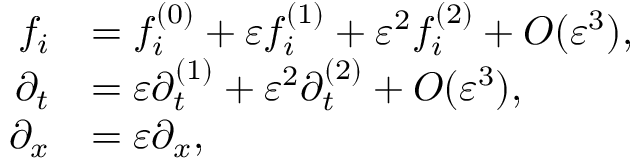
\begin{array} { r l } { f _ { i } } & { = f _ { i } ^ { ( 0 ) } + \varepsilon f _ { i } ^ { ( 1 ) } + \varepsilon ^ { 2 } f _ { i } ^ { ( 2 ) } + O ( \varepsilon ^ { 3 } ) , } \\ { \partial _ { t } } & { = \varepsilon \partial _ { t } ^ { ( 1 ) } + \varepsilon ^ { 2 } \partial _ { t } ^ { ( 2 ) } + O ( \varepsilon ^ { 3 } ) , } \\ { \partial _ { x } } & { = \varepsilon \partial _ { x } , } \end{array}